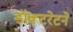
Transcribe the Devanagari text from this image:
डॉक्टरेटने